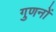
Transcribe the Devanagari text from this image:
गुणनों